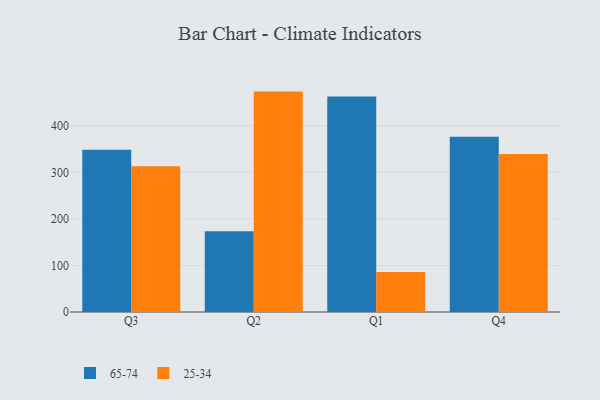
{"axis": {"x": "Quarter", "y": "Conversion Rate (%)"}, "legend": ["25-34", "65-74"], "data": [{"x": "Q3", "y": 348.6, "type": "65-74"}, {"x": "Q3", "y": 313.2, "type": "25-34"}, {"x": "Q2", "y": 173.6, "type": "65-74"}, {"x": "Q2", "y": 473.6, "type": "25-34"}, {"x": "Q1", "y": 463.3, "type": "65-74"}, {"x": "Q1", "y": 86.0, "type": "25-34"}, {"x": "Q4", "y": 376.5, "type": "65-74"}, {"x": "Q4", "y": 339.6, "type": "25-34"}]}